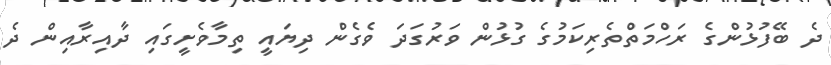
ދެ ބޭފުޅުންގެ ރަހްމަތްތެރިކަމުގެ ގުޅުން ވަރުގަަދަ ވެގެން ދިޔައީ ތިމާވެށީގައި ދާއިރާއިން ދެ